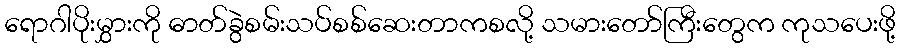
ရောဂါပိုးမွှားကို ဓာတ်ခွဲစမ်းသပ်စစ်ဆေးတာကစလို့ သမားတော်ကြီးတွေက ကုသပေးဖို့